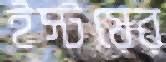
ইস্টয়ের